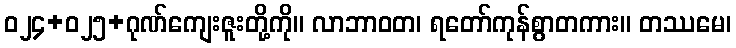
ဝ၂၄+၀၂၅+ဂုဏ်ကျေးဇူးတို့ကို။ လာဘာဝတ၊ ရတော်ကုန်စွာတကား။ တဿမေ၊